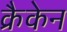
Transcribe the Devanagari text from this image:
क्रैकेन